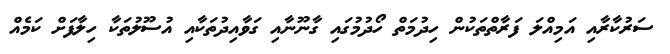
ސަރުކާރާއި އަމިއްލަ ފަރާތްތަކުން ހިދުމަތް ހޯދުމުގައި ގާނޫނާއި ގަވާއިދުތަކާއި އުސޫލުތަކާ ހިލާފަށް ކަމެއް